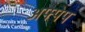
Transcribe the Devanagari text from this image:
अफ्पेप